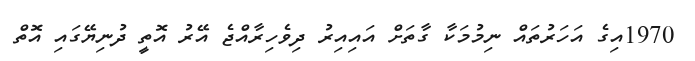
1970އިގެ އަހަރުތައް ނިމުމަކާ ގާތަށް އައިއިރު ދިވެހިރާއްޖެ އޭރު އޮތީ ދުނިޔޭގައި އޮތް